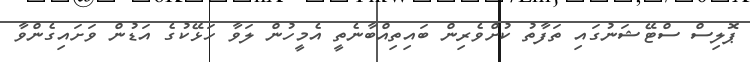
ޕޮލިސް ސްޓޭޝަނުގައި ތަފާތު ކުށްވެރިން ބައިތިއްބާނެތީ އެމީހުން ލަވާ ހަޅޭކުގެ އަޑުން ވަށައިގެންވާ